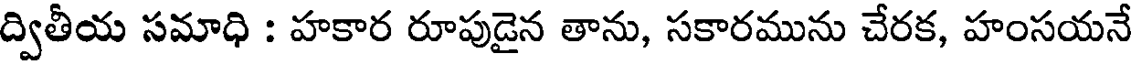
ద్వితీయ సమాధి : హకార రూపుడైన తాను, సకారమును చేరక, హంసయనే